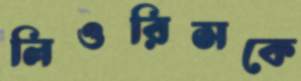
লিওরিসকে